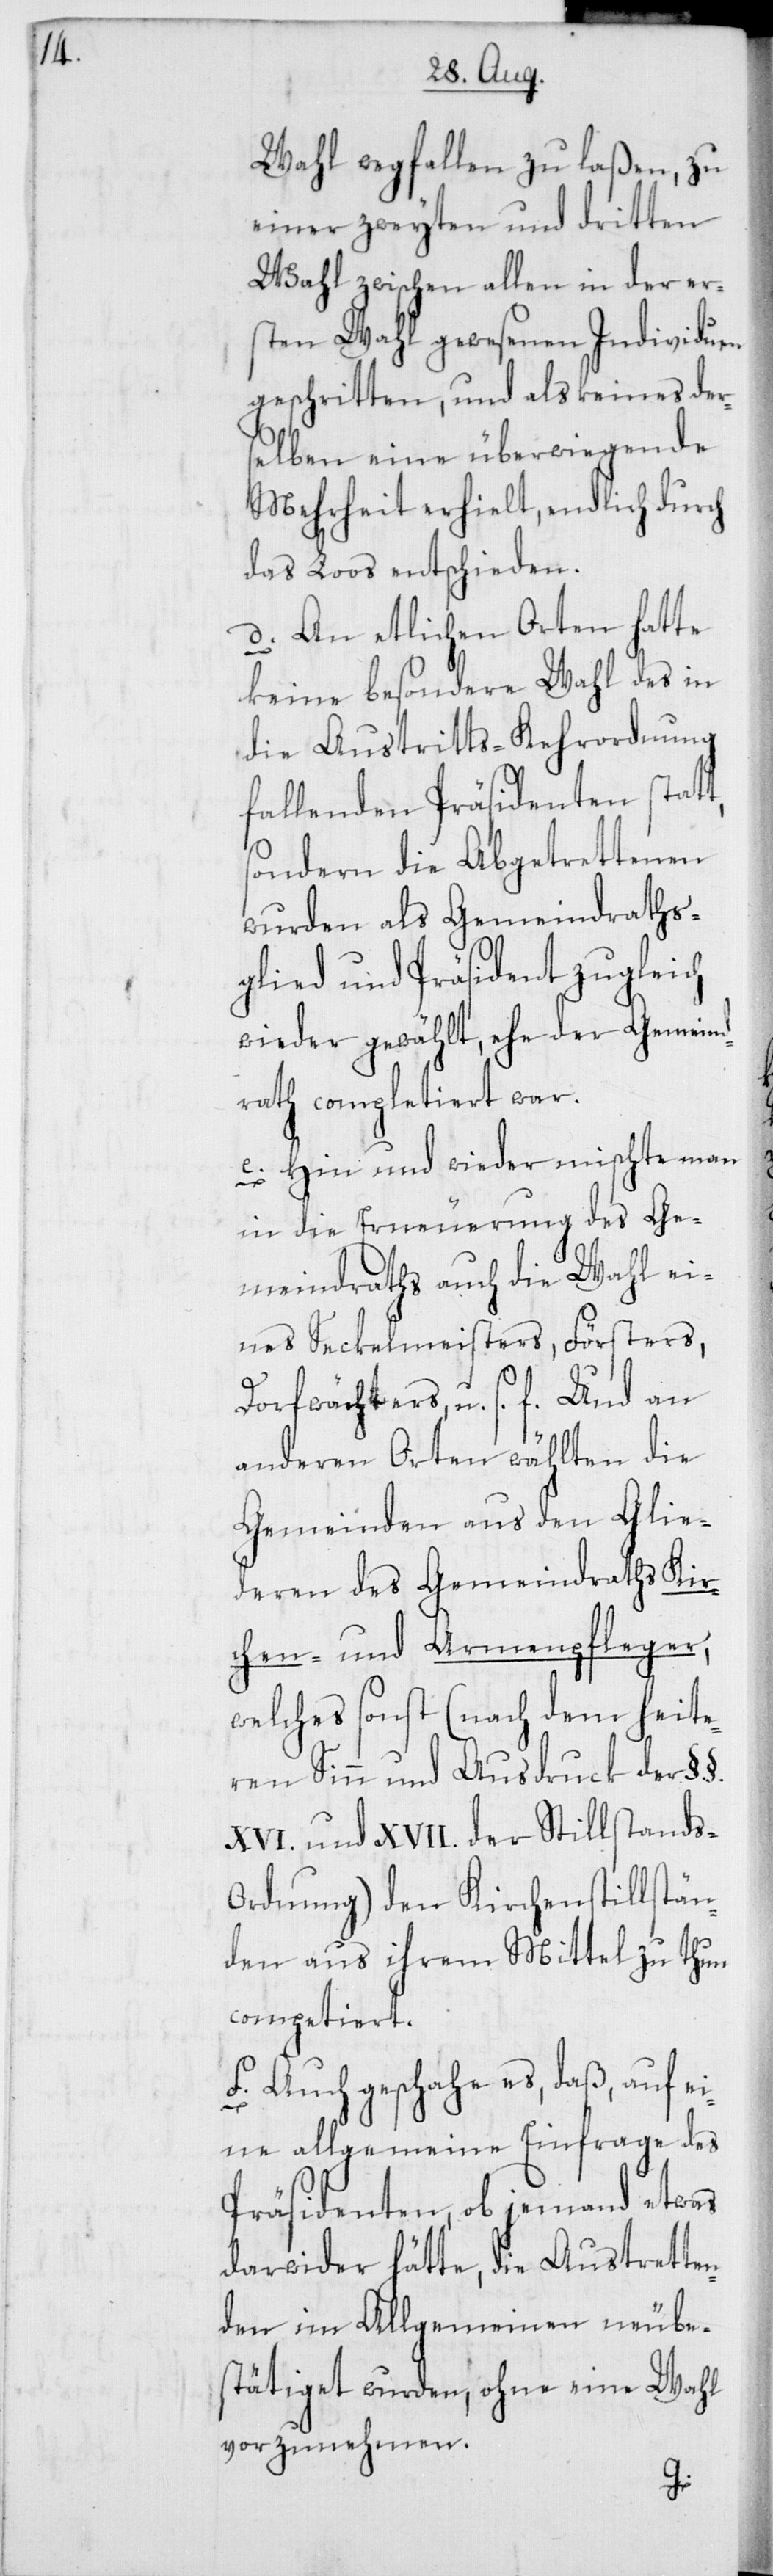
Wahl wegfallen zu laßen, zu
einer zweyten und dritten
Wahl zwischen allen in der er¬
sten Wahl gewesenen Individuen
geschritten, und als keines der¬
selben eine überwiegende
Mehrheit erhielt, endlich durch
das Loos entschieden.
d) An etlichen Orten hatte
keine besondere Wahl des in
die Austritts-Kehrordnung
fallenden Präsidenten statt,
sondern die Abgetrettenen
wurden als Gemeindraths¬
glied und Präsident zugleich
wieder gewählt, ehe der Gemeind¬
rath completiert war.
e) Hin und wieder mischte man
in die Erneuerung des Ge¬
meindraths auch die Wahl ei¬
nes Seckelmeisters, Försters,
Dorfwächters, u. s. f. Und an
anderen Orten wählten die
Gemeinden aus den Glie¬
deren des Gemeindraths Kir¬
chen- und Armenpfleger,
welches sonst (nach dem heite¬
ren Sinn und Ausdruck der §.
XVI. und XVII. der Stillstands-O¬
rdnung) den Kirchenstillstän¬
den aus ihrem Mittel zu thun
competiert.
f) Auch geschahe es, daß, auf e¬
ine allgemeine Einfrage des
Präsidenten, ob jemand etwas
darwider hätte, die Austretten¬
den im Allgemeinen neube¬
stätiget wurden, ohne ein Wahl
vorzunehmen.